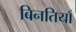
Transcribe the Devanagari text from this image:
बिनतियाँ